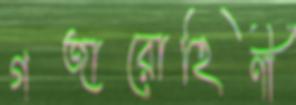
গজারোহিণী